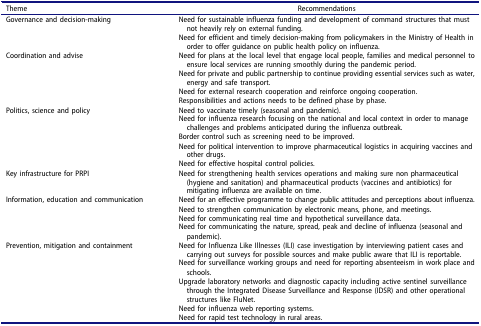
| Theme | Recommendations |
 | --- | --- |
 | <ROWSPAN=2> Governance and decision-making | Need for sustainable influenza funding and development of command structures that must not heavily rely on external funding. |
 | Need for efficient and timely decision-making from policymakers in the Ministry of Health in order to offer guidance on public health policy on influenza. |
 | <ROWSPAN=4> Coordination and advise | Need for plans at the local level that engage local people, families and medical personnel to ensure local services are running smoothly during the pandemic period. |
 | Need for private and public partnership to continue providing essential services such as water, energy and safe transport. |
 | Need for external research cooperation and reinforce ongoing cooperation. |
 | Responsibilities and actions needs to be defined phase by phase. |
 | <ROWSPAN=5> Politics, science and policy | Need to vaccinate timely (seasonal and pandemic). |
 | Need for influenza research focusing on the national and local context in order to manage challenges and problems anticipated during the influenza outbreak. |
 | Border control such as screening need to be improved. |
 | Need for political intervention to improve pharmaceutical logistics in acquiring vaccines and other drugs. |
 | Need for effective hospital control policies. |
 | Key infrastructure for PRPI | Need for strengthening health services operations and making sure non pharmaceutical (hygiene and sanitation) and pharmaceutical products (vaccines and antibiotics) for mitigating influenza are available on time. |
 | <ROWSPAN=4> Information, education and communication | Need for an effective programme to change public attitudes and perceptions about influenza. |
 | Need to strengthen communication by electronic means, phone, and meetings. |
 | Need for communicating real time and hypothetical surveillance data. |
 | Need for communicating the nature, spread, peak and decline of influenza (seasonal and pandemic). |
 | <ROWSPAN=5> Prevention, mitigation and containment | Need for Influenza Like Illnesses (ILI) case investigation by interviewing patient cases and carrying out surveys for possible sources and make public aware that ILI is reportable. |
 | Need for surveillance working groups and need for reporting absenteeism in work place and schools. |
 | Upgrade laboratory networks and diagnostic capacity including active sentinel surveillance through the Integrated Disease Surveillance and Response (IDSR) and other operational structures like FluNet. |
 | Need for influenza web reporting systems. |
 | Need for rapid test technology in rural areas. |